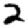
Digit: 2